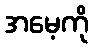
အမေ့ကို